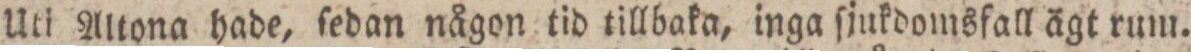
Uti Altona hade, ſedan någon tid tillbaka, inga ſjukdomsfall ägt rum.